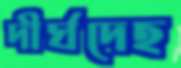
দীর্ঘদেহ